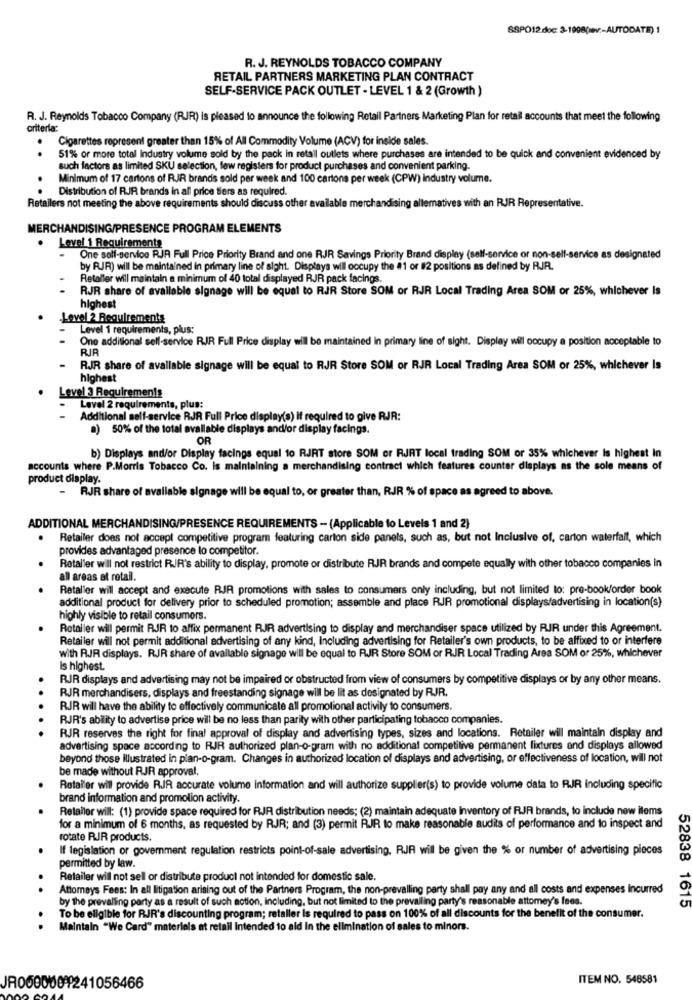
SSPO12 doc: 3-1908(ev :- AUTODATE) 1
R. J. REYNOLDS TOBACCO COMPANY
RETAIL PARTNERS MARKETING PLAN CONTRACT
SELF-SERVICE PACK OUTLET - LEVEL 1 & 2 (Growth )
R. J. Reynolds Tobacco Company (RJR) Is pleased to announce the following Retail Partners Marketing Plan for retail accounts that meet the following
criteria:
Cigarettes represent greater than 15% of All Commodity Volume (ACV) for inside sales.
.
51% or more total Industry volume sold by the pack in retail outlets where purchases are intended to be quick and convenient evidenced by
such factors as limited SKU selection, few registers for product purchases and convenient parking.
Minimum of 17 cartons of RIR brands sold per week and 100 cartons per week (CPW) industry volume.
Distribution of RJR brands in all price tiers as required.
Retailers not meeting the above requirements should discuss other available merchandising allematives with an RJR Representative.
MERCHANDISING/PRESENCE PROGRAM ELEMENTS
Level 1 Requirements
One soll-service RJR Full Price Priority Brand and one RJR Savings Priority Brand display (self-service or non-self-service as designated
by RJR) will be maintained in primary line of sight. Displays will occupy the #1 or #2 positions as defined by RJJR.
Retaller will maintain a minimum of 40 total displayed RJR pack facings.
RJR share of available signage will be equal to RJR Store SOM or RJR Local Trading Area SOM or 25%, whichever Is
highest
Level 2 Requirements
Level 1 requirements, plus:
One additional sell-service RJR Full Price display wil be maintained In primary line of sight. Display will occupy a position acceptable to
RJR
RJR share of avallable signage will be equal to RJR Store SOM or RJR Local Trading Area SOM or 25%, whichever Is
highest
Level 3 Requirements
Level 2 requirements, plus:
Additional self-service RJR Full Price display(s) if required to give RJR:
a) 50% of the total available displays and/or display facings.
OR
b) Displays and/or Display facings equal to RJRT store SOM or RJAT local trading SOM or 35% whichever Is highest In
accounts where P.Morris Tobacco Co. Is maintaining a merchandising contract which features counter displays as the sole means of
product display.
- RJR share of available signage will be equal to, or greater than, RJR % of space as agreed to above.
ADDITIONAL MERCHANDISING/PRESENCE REQUIREMENTS - (Applicable to Levels 1 and 2)
Retailer does not accept competitive program featuring carton side panels, such as, but not Inclusive of, carton waterfall, which
provides advantaged presence lo competitor.
Retaller will not restrict RIR's ability to display, promote or distribute RJR brands and compete equally with other tobacco companies in
all areas at retail.
Retaller will accept and execute RJR promotions with sales to consumers only including, but not limited to: pre-book/order book
additional product for delivery prior to scheduled promotion; assemble and place RJR promotional displays/advertising in location(s)
highly visible to retail consumers.
Retailer will permit RJR to affix permanent RJR advertising to display and merchandiser space utilized by RJR under this Agreement.
Retailer will not permit additional advertising of any kind, Including advertising for Retailer's own products, to be affixed to or interfere
with RJR displays. RJR share of available signage will be equal to RJR Store SOM or RJR Local Trading Area SOM or 25%, whichever
Is highest.
RJR displays and advertising may not be impaired or obstructed from view of consumers by competitive displays or by any other means.
RJR merchandisers, displays and freestanding signage will be lit as designated by RJR.
..
RJR will have the ability to effectively communicate all promotional activily to consumers.
RJR's ability to advertise price will be no less than parity with other participating tobacco companies.
RJR reserves the right for final approval of display and advertising types, sizes and locations. Retailer will maintain display and
advertising space according to RJR authorized plan-o-gram with no additional competitive permanent fixtures and displays allowed
beyond those illustrated in plan-o-gram. Changes in authorized location of displays and advertising, or effectiveness of location, will not
be made without RJR approval,
Retailer will provide RJR accurate volume Information and will authorize supplier(s) to provide volume data to RJR Including specific
brand information and promotion activity.
Retailer will: (1) provide space required for RJR distribution needs; (2) maintain adequate Inventory of RJR brands, to include new items
for a minimum of 6 months, as requested by RJR; and (3) permit RJJR to make reasonable audits of performance and to inspect and
rotate RJR products.
If legislation or government regulation restricts point-of-sale advertising, RJR will be given the % or number of advertising pieces
permitted by law.
Retailer will not sell or distribute product not intended for domestic sale.
. .
Attorneys Fees: In all litigation arising out of the Partners Program, the non-prevailing party shall pay any and all costs and expenses incurred
by the prevaling party as a result of such action, Including, but not limited to the prevailing party's reasonable attomey's fees.
52838 1615
.
To be eligible for RJR's discounting program; retaller is required to pass on 100% of all discounts for the benefit of the consumer.
Maintain "We Card" materiels at retail Intended to aid In the elimination of sales to minors.
ITEM NO. 548581
JR050000 1241056466